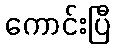
ကောင်းပြီ